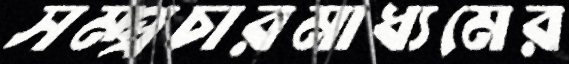
সম্প্রচারমাধ্যমের